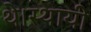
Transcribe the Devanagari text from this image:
थे।स्थायी